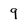
Character: 9